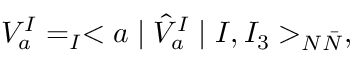
V _ { a } ^ { I } = _ { I } < a \mid \hat { V } _ { a } ^ { I } \mid I , I _ { 3 } > _ { N \bar { N } } ,